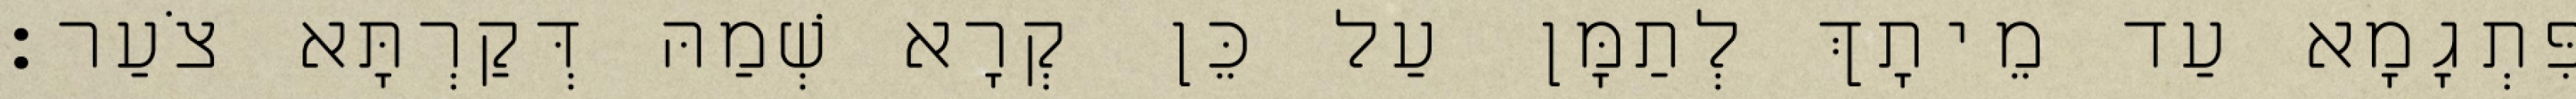
פִּתְגָמָא עַד מֵיתָךְ לְתַמָּן עַל כֵּן קְרָא שְׁמַהּ דְּקַרְתָּא צֹעַר׃